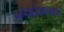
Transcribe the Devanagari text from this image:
भरासागर